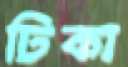
ঢিকা